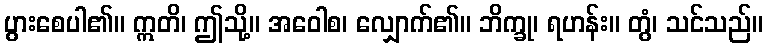
ပွားစေပါ၏။ ဣတိ၊ ဤသို့။ အဝေါစ၊ လျှောက်၏။ ဘိက္ခု၊ ရဟန်း။ တွံ၊ သင်သည်။